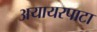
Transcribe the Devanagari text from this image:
अयायरपाटा